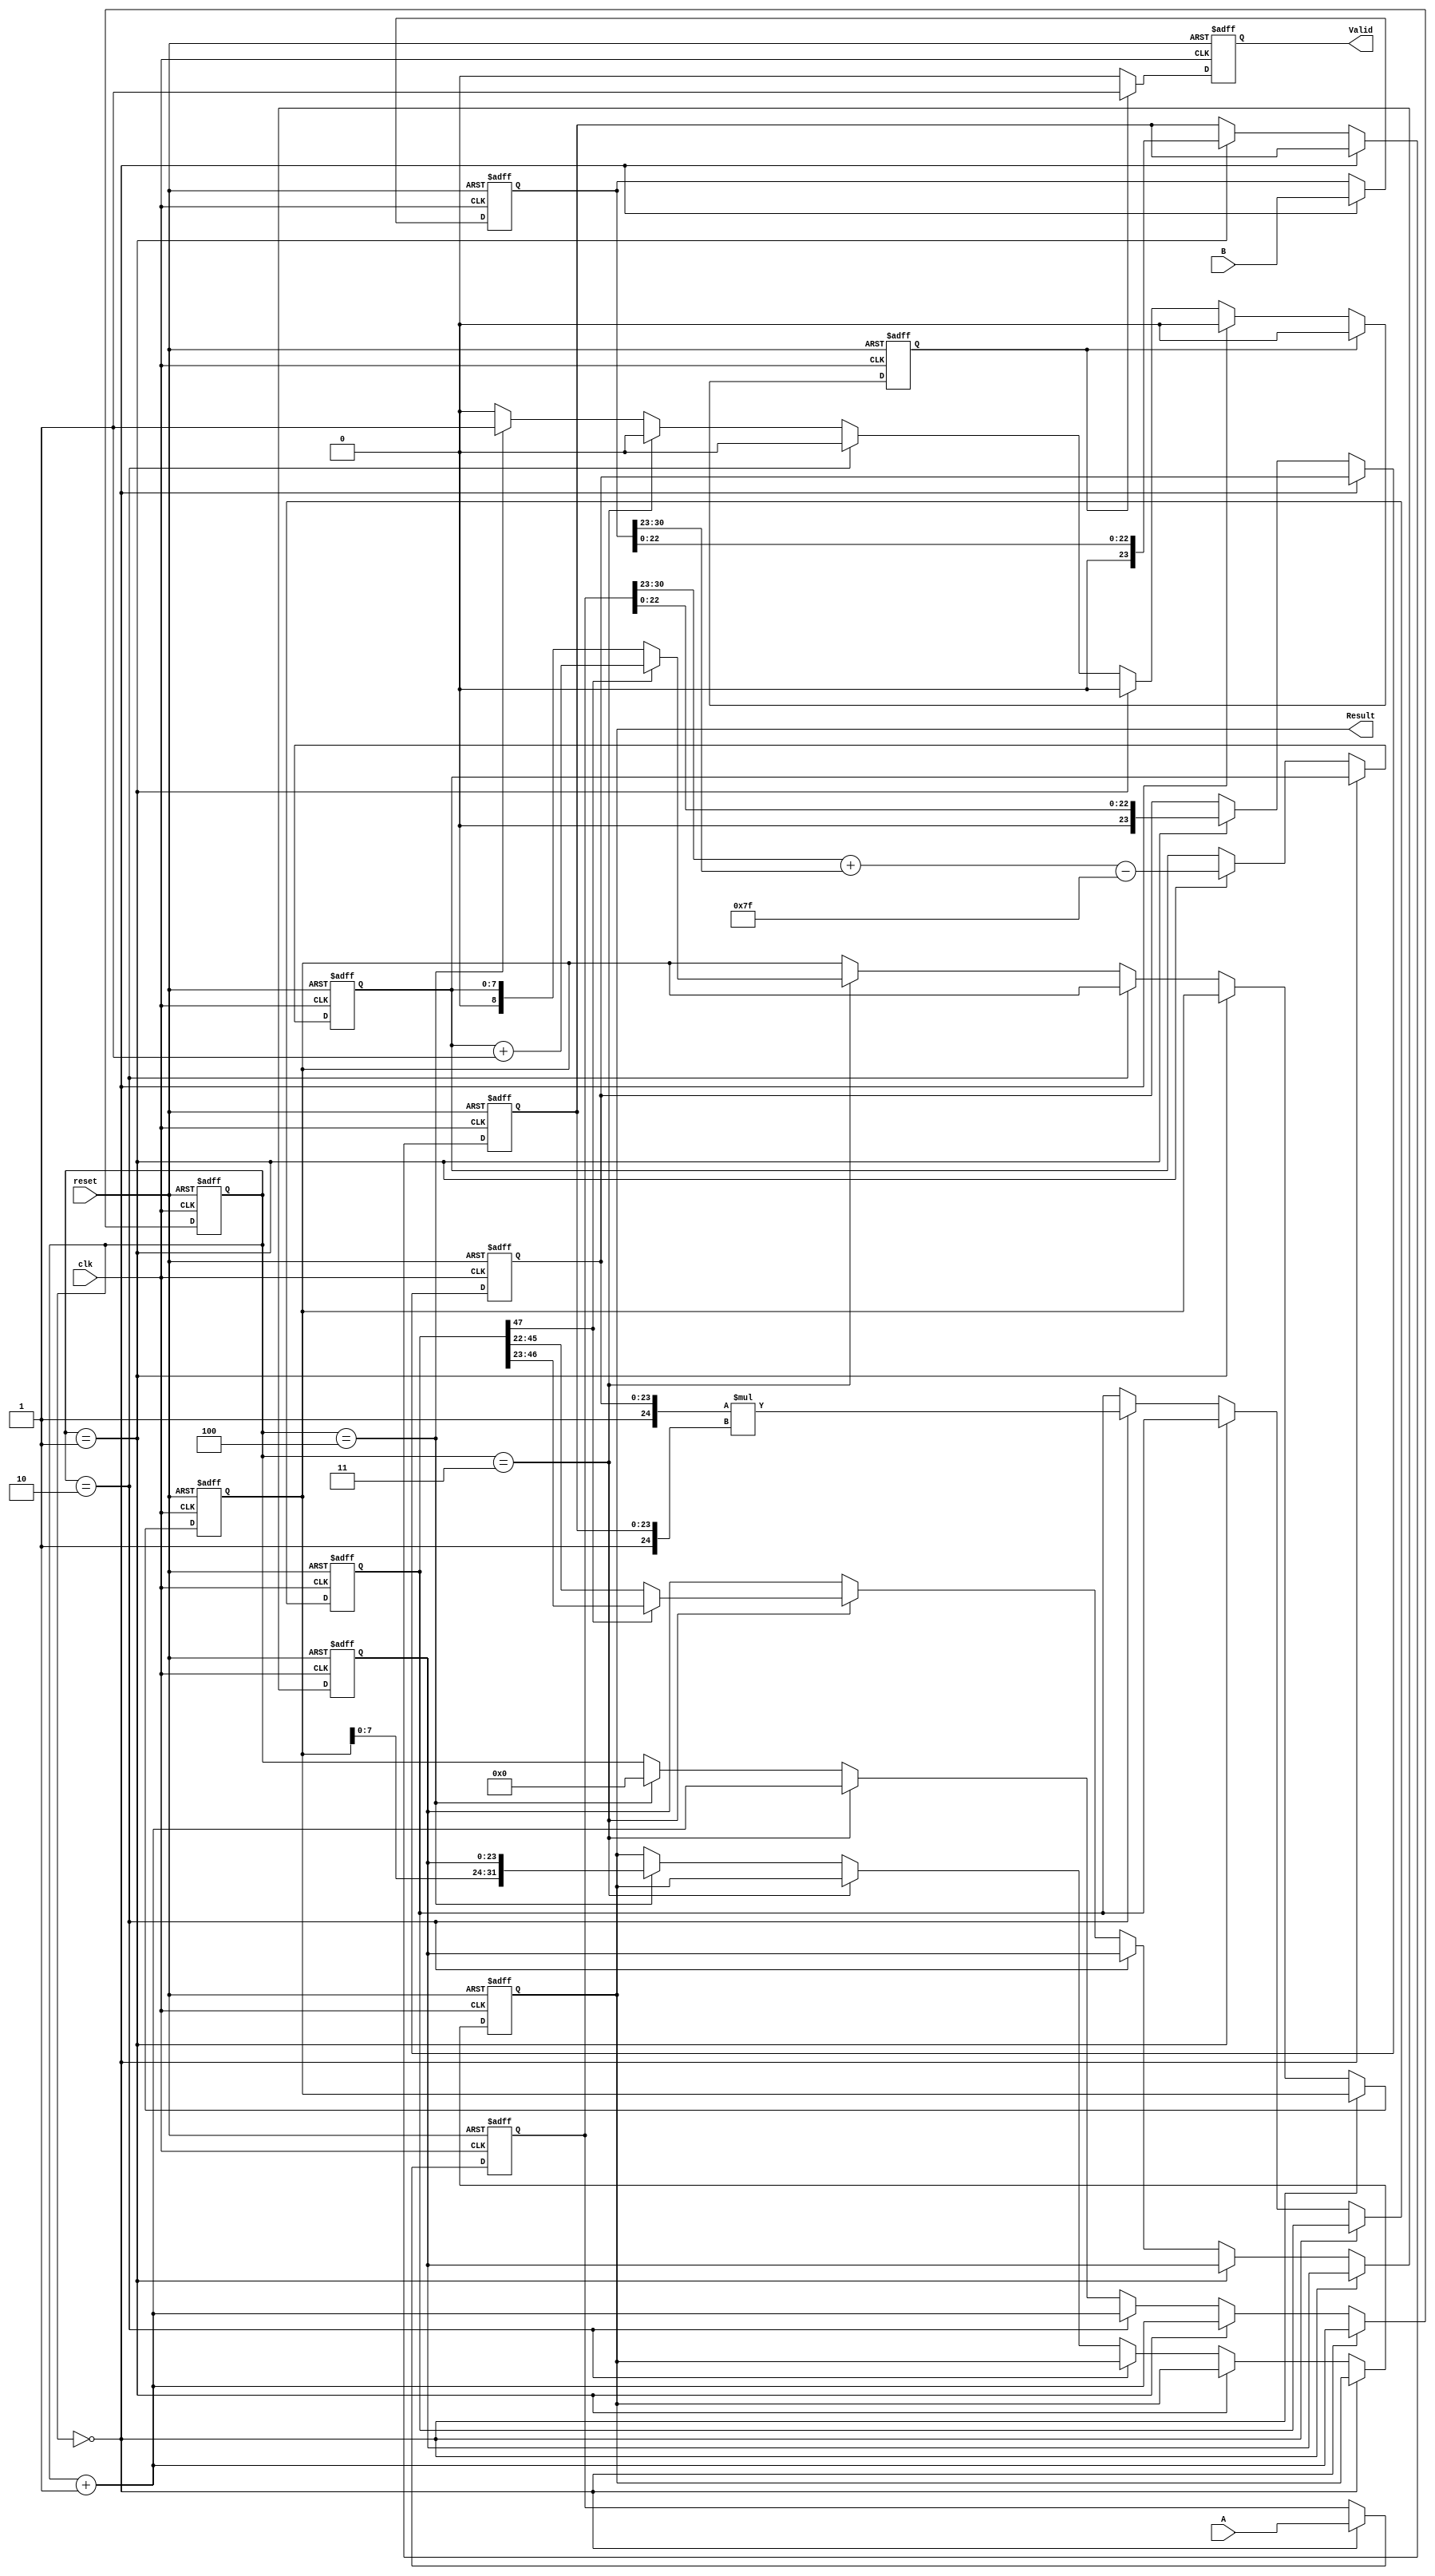
module pipelined_fp_multiplier (
    input wire [31:0] A,        // First floating-point input (32 bits for single precision)
    input wire [31:0] B,        // Second floating-point input (32 bits for single precision)
    input wire clk,             // Clock signal
    input wire reset,           // Active high reset signal
    output reg [31:0] Result,   // Floating-point output
    output reg Valid            // Output valid signal
);

// Pipeline registers
reg [31:0] A_reg_stage1, B_reg_stage1;
reg [31:0] sign_stage2;
reg [7:0] exponent_stage2;
reg [23:0] mantissa_A, mantissa_B;
reg [47:0] mantissa_mult_stage3;
reg [23:0] mantissa_result;
reg [8:0] exponent_result;
reg [3:0] stage_counter;
reg valid_reg;

// State encoding for pipeline stages
localparam STAGE1 = 0;
localparam STAGE2 = 1;
localparam STAGE3 = 2;
localparam STAGE4 = 3;
localparam STAGE5 = 4;

always @(posedge clk or posedge reset) begin
    if (reset) begin
        // Reset internal registers and valid signal
        A_reg_stage1 <= 0;
        B_reg_stage1 <= 0;
        sign_stage2 <= 0;
        exponent_stage2 <= 0;
        mantissa_A <= 0;
        mantissa_B <= 0;
        mantissa_mult_stage3 <= 0;
        mantissa_result <= 0;
        exponent_result <= 0;
        stage_counter <= 0;
        Result <= 0;
        Valid <= 0;
        valid_reg <= 0;
    end else begin
        // Stage 1: Register inputs
        if (stage_counter == 0) begin
            A_reg_stage1 <= A;
            B_reg_stage1 <= B;
            stage_counter <= stage_counter + 1;
        end

        // Stage 2: Extract sign and exponent, calculate new sign and exponent
        else if (stage_counter == 1) begin
            mantissa_A <= A_reg_stage1[22:0];
            mantissa_B <= B_reg_stage1[22:0];
            sign_stage2 <= A_reg_stage1[31] ^ B_reg_stage1[31];
            exponent_stage2 <= (A_reg_stage1[30:23] + B_reg_stage1[30:23]) - 127;
            stage_counter <= stage_counter + 1;
        end

        // Stage 3: Multiply mantissas
        else if (stage_counter == 2) begin
            mantissa_mult_stage3 <= {1'b1, mantissa_A} * {1'b1, mantissa_B}; // handling hidden bit (1.mantissa)
            stage_counter <= stage_counter + 1;
        end

        // Stage 4: Normalize the result
        else if (stage_counter == 3) begin
            if (mantissa_mult_stage3[47]) begin
                mantissa_result <= mantissa_mult_stage3[46:23]; // Shift right if MSB is 1 (carry out)
                exponent_result <= exponent_stage2 + 1;
            end else begin
                mantissa_result <= mantissa_mult_stage3[45:22]; // Normal case
                exponent_result <= exponent_stage2;
            end
            stage_counter <= stage_counter + 1;
        end

        // Stage 5: Pack result and indicate valid output
        else if (stage_counter == 4) begin
            Result <= {sign_stage2, exponent_result[7:0], mantissa_result};
            valid_reg <= 1;
            stage_counter <= 0; // Restart the pipeline
        end

        // Output valid signal
        if (valid_reg) begin
            Valid <= 1;
            valid_reg <= 0;
        end else begin
            Valid <= 0;
        end
    end
end

endmodule